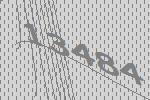
13484